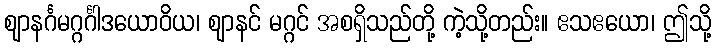
ဈာနင်္ဂမဂ္ဂင်္ဂါဒယောဝိယ၊ ဈာနင် မဂ္ဂင် အစရှိသည်တို့ ကဲ့သို့တည်း။ ဧသဧယော၊ ဤသို့